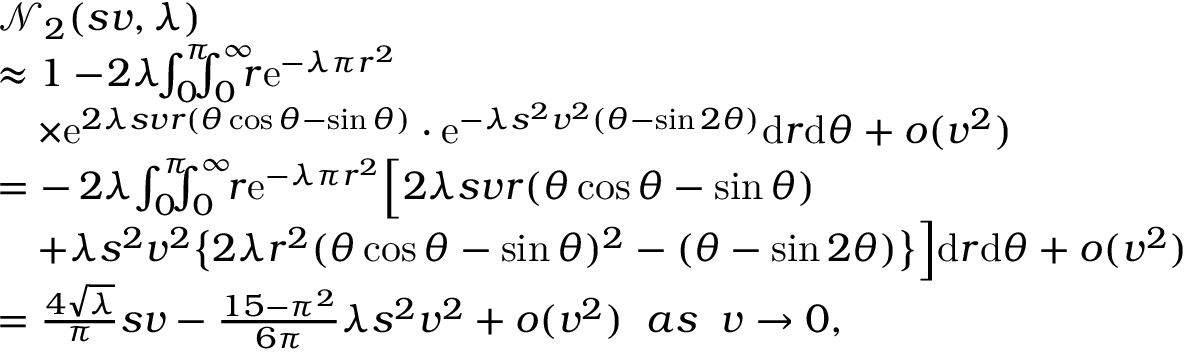
\begin{array} { r l } & { \mathcal { N } _ { 2 } ( s v , \lambda ) } \\ & { \approx 1 - \! 2 \lambda \! \! \int _ { 0 } ^ { \pi } \! \! \! \! \int _ { 0 } ^ { \infty } \! \! \! r \mathrm { e } ^ { - \lambda \pi r ^ { 2 } } } \\ & { \quad \times \mathrm { e } ^ { 2 \lambda s v r ( \theta \cos \theta - \sin \theta ) } \cdot \mathrm { e } ^ { - \lambda s ^ { 2 } v ^ { 2 } ( \theta - \sin 2 \theta ) } \mathrm { d } r \mathrm { d } \theta + o ( v ^ { 2 } ) } \\ & { = - \, 2 \lambda \! \int _ { 0 } ^ { \pi } \! \! \! \! \int _ { 0 } ^ { \infty } \! \! r \mathrm { e } ^ { - \lambda \pi r ^ { 2 } } \Big [ 2 \lambda s v r ( \theta \cos \theta - \sin \theta ) } \\ & { \quad + \lambda s ^ { 2 } v ^ { 2 } \big \{ 2 \lambda r ^ { 2 } ( \theta \cos \theta - \sin \theta ) ^ { 2 } - ( \theta - \sin 2 \theta ) \big \} \Big ] \mathrm { d } r \mathrm { d } \theta + o ( v ^ { 2 } ) } \\ & { = \frac { 4 \sqrt { \lambda } } { \pi } s v - \frac { 1 5 - \pi ^ { 2 } } { 6 \pi } \lambda s ^ { 2 } v ^ { 2 } + o ( v ^ { 2 } ) \; \; a s \; \; v \rightarrow 0 , } \end{array}